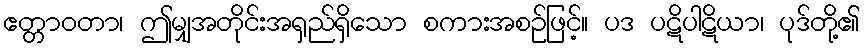
ဧတ္တာဝတာ၊ ဤမျှအတိုင်းအရှည်ရှိသော စကားအစဉ်ဖြင့်။ ပဒ ပဋိပါဋိယာ၊ ပုဒ်တို့၏